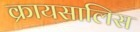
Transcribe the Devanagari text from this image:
क्रायसालिस